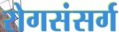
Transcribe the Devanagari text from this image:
रोगसंसर्ग